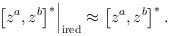
LaTeX: \begin{align*}\left. \left[ z^{a},z^{b}\right] ^{*}\right| _{{\rm ired}}\approx \left[z^{a},z^{b}\right] ^{*}. \end{align*}